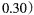
0 . 3 0 )$$